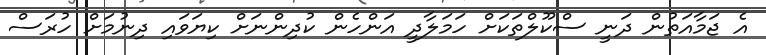
އެ ޖަމާއަތުން ދަނީ ސްކޫލްތަކަށް ހަމަލާދީ އަންހެން ކުދިންނަށް ކިޔަވައި ދިނުމަށް ހުރަސް